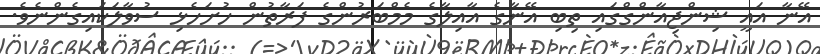
އޭނާ އައީ ޝިންޖިއާންގްގައި ތިބި އޭނާގެ އާއިލާގެ މެމްބަރުންގެ ފަރާތުން ހުށަހެޅި ސުވާލަކައިގެންނެވެ.